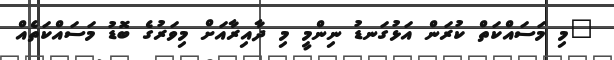
"މި މަސައްކަތް ކުރަން އަޅުގަނޑު ނިންމީ މި ދާއިރާއަށް މިވަރުގެ ބޮޑު މަސައްކަތެއް